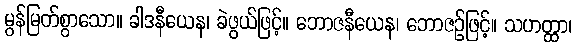
မွန်မြတ်စွာသော။ ခါဒနီယေန၊ ခဲဖွယ်ဖြင့်။ ဘောဇနီယေန၊ ဘောဇဉ်ဖြင့်။ သဟတ္ထာ၊